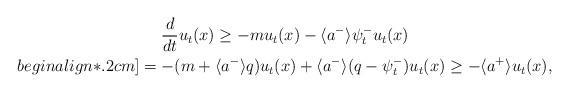
LaTeX: \begin{gather*} \frac{d}{dt} u_t(x) \geq - m u_t(x) - \langle a^{-} \rangle \psi^{-}_t u_t (x) \\begin{align*}.2cm] = - (m + \langle a^{-} \rangle q ) u_t (x) + \langle a^{-} \rangle (q - \psi^{-}_t)u_t (x) \geq - \langle a^{+} \rangle u_t (x),\end{gather*}